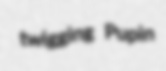
twigging Pupin